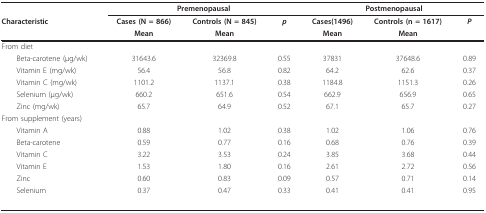
<table><thead><tr><td>[EMPTY_CELL]</td><td colspan="3"><b>Premenopausal</b></td><td colspan="3"><b>Postmenopausal</b></td></tr><tr><td><b>Characteristic</b></td><td><b>Cases (N = 866)</b></td><td><b>Controls (N = 845)</b></td><td><b><i>p</i></b></td><td><b>Cases(1496)</b></td><td><b>Controls (n = 1617)</b></td><td><b><i>P </i></b></td></tr><tr><td>[EMPTY_CELL]</td><td><b>Mean</b></td><td><b>Mean</b></td><td>[EMPTY_CELL]</td><td><b>Mean</b></td><td><b>Mean</b></td><td>[EMPTY_CELL]</td></tr></thead><tbody><tr><td>From diet</td><td>[EMPTY_CELL]</td><td>[EMPTY_CELL]</td><td>[EMPTY_CELL]</td><td>[EMPTY_CELL]</td><td>[EMPTY_CELL]</td><td>[EMPTY_CELL]</td></tr><tr><td> Beta-carotene (μg/wk)</td><td>31643.6</td><td>32369.8</td><td>0.55</td><td>37831</td><td>37648.6</td><td>0.89</td></tr><tr><td> Vitamin E (mg/wk)</td><td>56.4</td><td>56.8</td><td>0.82</td><td>64.2</td><td>62.6</td><td>0.37</td></tr><tr><td> Vitamin C (mg/wk)</td><td>1101.2</td><td>1137.1</td><td>0.38</td><td>1184.8</td><td>1151.3</td><td>0.26</td></tr><tr><td> Selenium (μg/wk)</td><td>660.2</td><td>651.6</td><td>0.54</td><td>662.9</td><td>656.9</td><td>0.65</td></tr><tr><td> Zinc (mg/wk)</td><td>65.7</td><td>64.9</td><td>0.52</td><td>67.1</td><td>65.7</td><td>0.27</td></tr><tr><td>From supplement (years)</td><td>[EMPTY_CELL]</td><td>[EMPTY_CELL]</td><td>[EMPTY_CELL]</td><td>[EMPTY_CELL]</td><td>[EMPTY_CELL]</td><td>[EMPTY_CELL]</td></tr><tr><td> Vitamin A</td><td>0.88</td><td>1.02</td><td>0.38</td><td>1.02</td><td>1.06</td><td>0.76</td></tr><tr><td> Beta-carotene</td><td>0.59</td><td>0.77</td><td>0.16</td><td>0.68</td><td>0.76</td><td>0.39</td></tr><tr><td> Vitamin C</td><td>3.22</td><td>3.53</td><td>0.24</td><td>3.85</td><td>3.68</td><td>0.44</td></tr><tr><td> Vitamin E</td><td>1.53</td><td>1.80</td><td>0.16</td><td>2.61</td><td>2.72</td><td>0.56</td></tr><tr><td> Zinc</td><td>0.60</td><td>0.83</td><td>0.09</td><td>0.57</td><td>0.71</td><td>0.14</td></tr><tr><td> Selenium</td><td>0.37</td><td>0.47</td><td>0.33</td><td>0.41</td><td>0.41</td><td>0.95</td></tr></tbody></table>